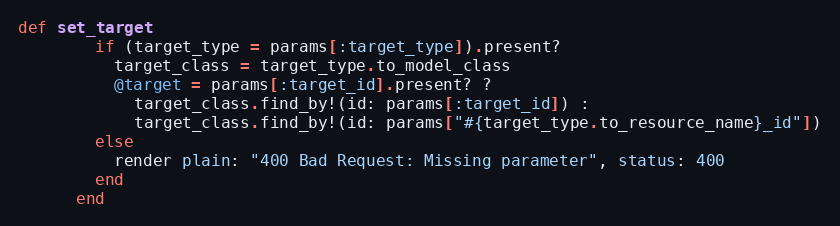
Language: Ruby
def set_target
        if (target_type = params[:target_type]).present?
          target_class = target_type.to_model_class
          @target = params[:target_id].present? ?
            target_class.find_by!(id: params[:target_id]) :
            target_class.find_by!(id: params["#{target_type.to_resource_name}_id"])
        else
          render plain: "400 Bad Request: Missing parameter", status: 400
        end
      end